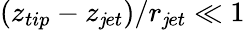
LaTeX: (z_{tip}-z_{\mathit{j}et})/r_{\mathit{j}et}\ll1